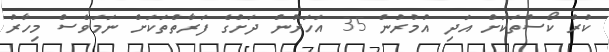
ކުރު ކޯސްތަކަށް އަދި އުމުރުން 35 އަހަރުން ދަށުގެ ފަރާތްތަކަށް ނަމަވެސް މިހާރު